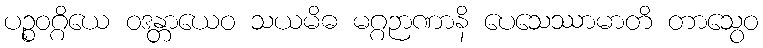
ပဉ္စဝဂ္ဂိယေ ဝဒန္တာယေဝ သယမိဓ မဂ္ဂဉာဏာနိ ပေသေဿာမာတိ တာသွေဝ